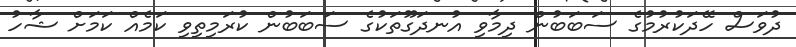
ދުވަސް ހޭދަކުރުމުގެ ސަބަބުން ދިމާވި އުނދަގޫތަކުގެ ސަބަބުން ކުރަމިތިވި ކަމެއް ކަމަށް ޝާހު